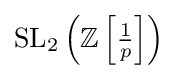
\mathrm {SL} _{2}\left(\mathbb {Z} \left[{\tfrac {1}{p}}\right]\right)